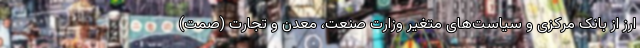
ارز از بانک مرکزی و سیاست‌های متغیر وزارت صنعت، معدن و تجارت (صمت)